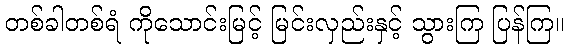
တစ်ခါတစ်ရံ ကိုသောင်းမြင့် မြင်းလှည်းနှင့် သွားကြ ပြန်ကြ။